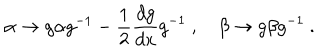
\alpha \to g \alpha g ^ { - 1 } - \frac 1 2 \frac { d g } { d x } g ^ { - 1 } \ , \quad \beta \to g \beta g ^ { - 1 } \ .